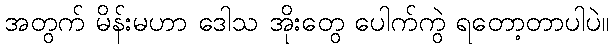
အတွက် မိန်းမဟာ ဒေါသ အိုးတွေ ပေါက်ကွဲ ရတော့တာပါပဲ။